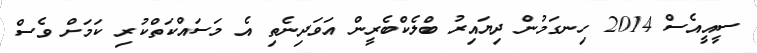
ސީއީއެސް 2014 ހިނގަމުން ދިޔައިރު ބްލެކްބެރީން އަވަދިނެތި އެ މަސައްކަތްކުރި ކަމަށް ވެސް